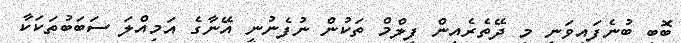
ބޮބީ ބުނެފައިވަނީ މި ދޭތެރެއިން ފިލްމް ތަކުން ނުފެނުނީ އޭނާގެ އަމިއްލަ ސަބަބުތަކަކާ